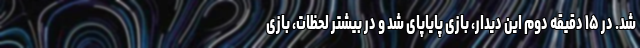
شد. در ۱۵ دقیقه دوم این دیدار، بازی پایاپای شد و در بیشتر لحظات، بازی